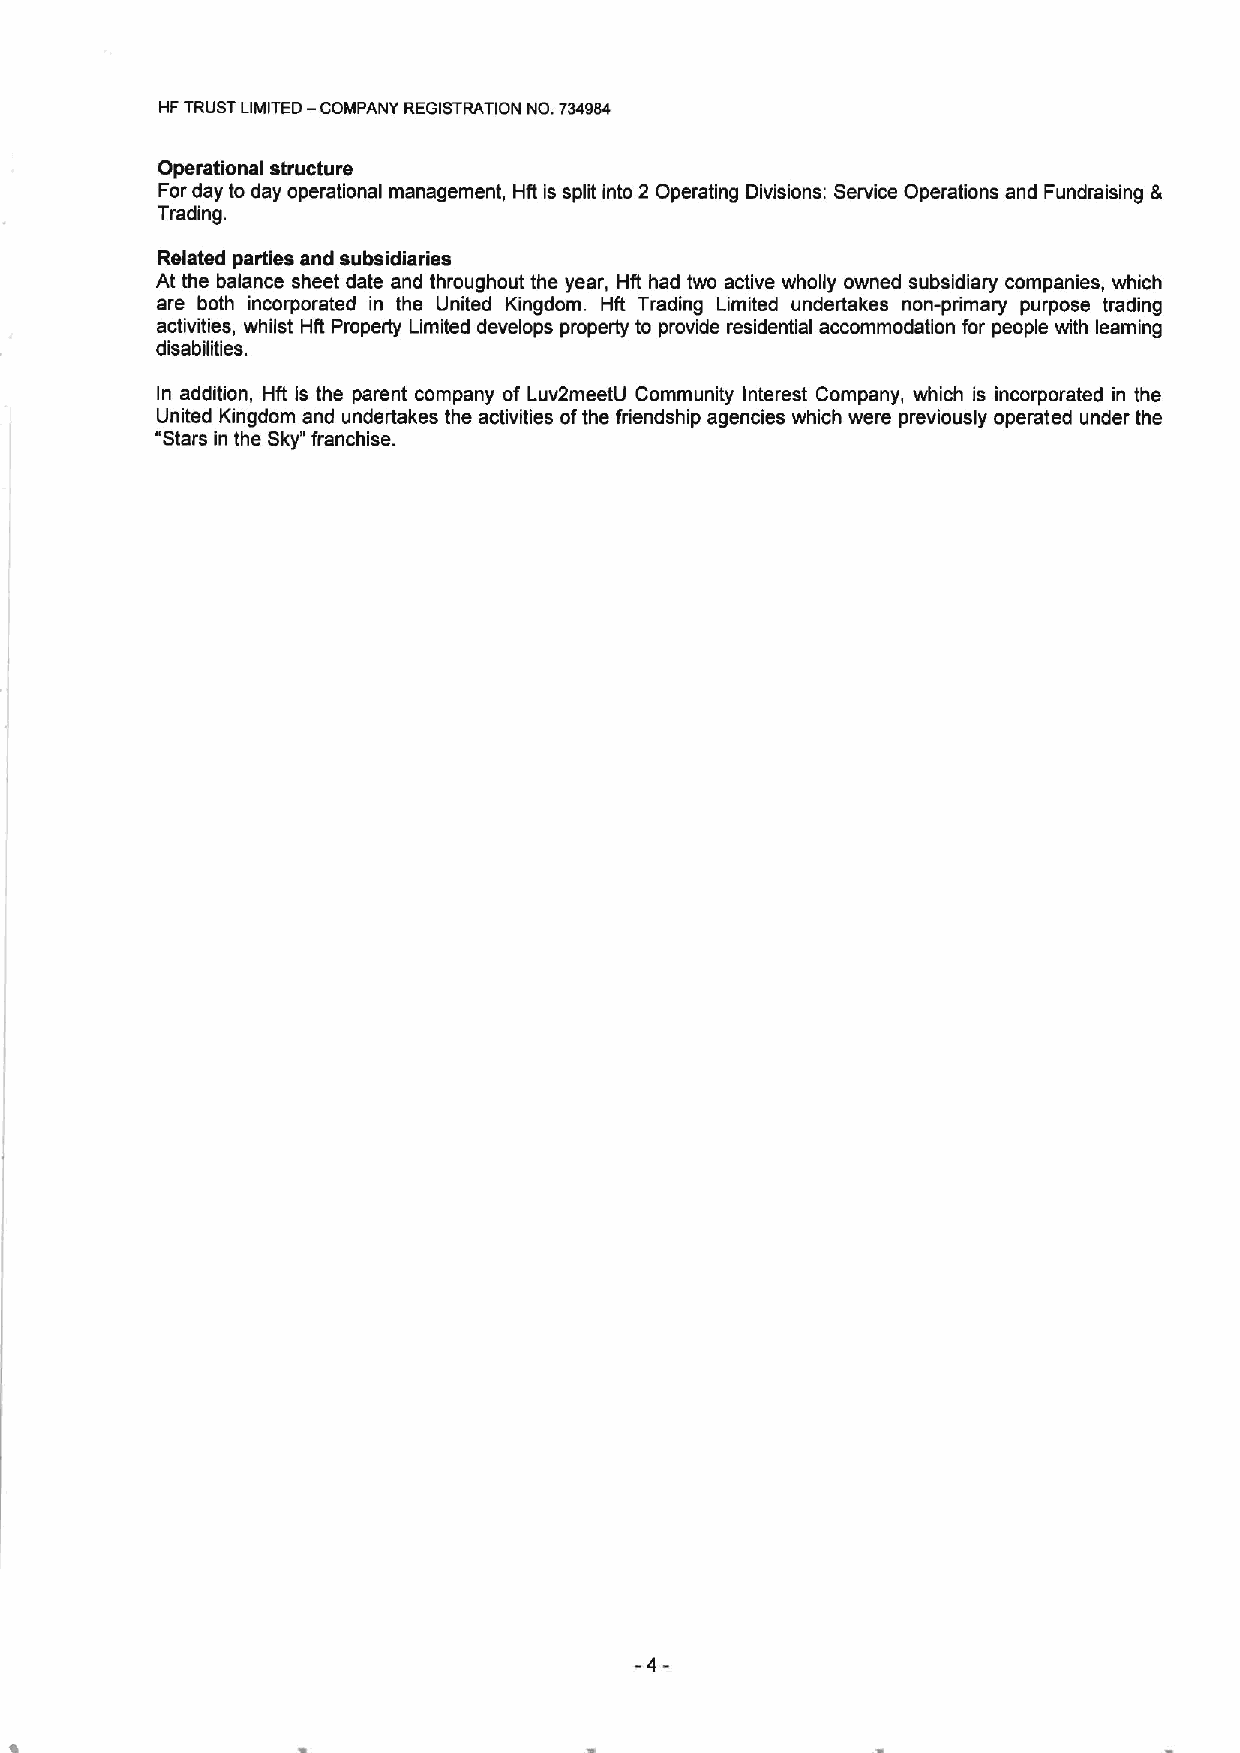
HFTRUST LIMITED — COMPANY REGISTRATION NO. 734984
 Operational structure
 For day to day operational management, Hft is split into 2 Operating Divisions: Service Operations and Fundraising &
 Trading.
 Related parties and subsidiaries
 At the balance sheet date and throughout the year, Hft had two active wholly owned subsidiary companies, which
 are both incorporated in the United Kingdom. Hft Trading Limited undertakes non-primary purpose trading
 activities, whilst Hft Property Limited develops property to provide residential accommodation for people with learning
 disabilities.
 ln addition, Hft is the parent company of Luv2meetU Community Interest Company, which is incorporated in the
 United Kingdom and undertakes the activities ofthe friendship agencies which were previously operated under the
 "Stars in the Sky"franchise.
 -4-